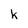
Character: k